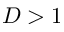
D > 1